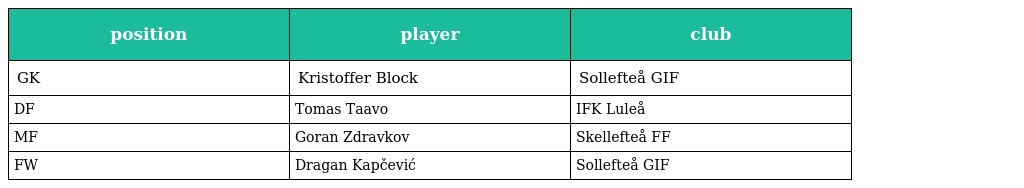
| position | player | club |
 | --- | --- | --- |
 | GK | Kristoffer Block | Sollefteå GIF |
 | DF | Tomas Taavo | IFK Luleå |
 | MF | Goran Zdravkov | Skellefteå FF |
 | FW | Dragan Kapčević | Sollefteå GIF |